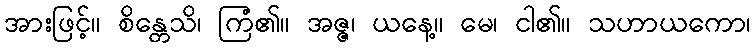
အားဖြင့်။ စိန္တေသိ၊ ကြံ၏။ အဇ္ဇ၊ ယနေ့။ မေ၊ ငါ၏။ သဟာယကော၊